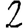
Digit: 2